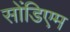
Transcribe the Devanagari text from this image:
सोंडिएम